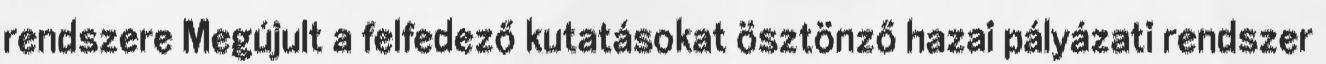
rendszere Megújult a felfedező kutatásokat ösztönző hazai pályázati rendszer